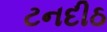
ટનદીઠ